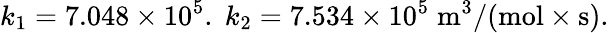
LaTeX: k_{1}=7.048\times 10^{5}.\; k_{2}=7.534\times 10^{5}\; \mathrm{m^{3}/(mol\times s).}